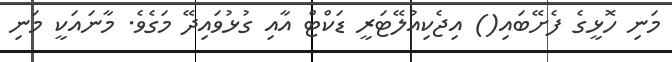
މަނި ހޮޅީގެ ފެށޭބައި() އިޖެކިއުލޭޓަރީ ޑަކްޓް އާއި ގުޅުވައިދޭ މަގެވެ. މާނައަކީ މަނި